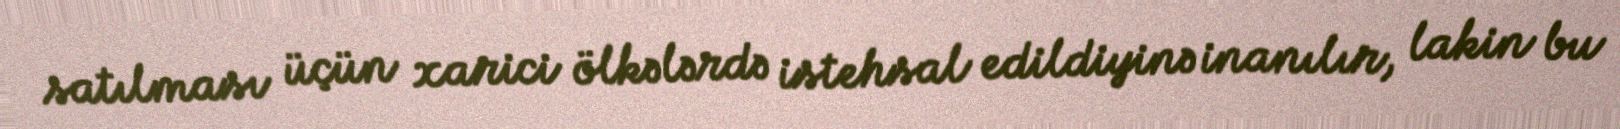
satılması üçün xarici ölkələrdə istehsal edildiyinə inanılır, lakin bu